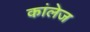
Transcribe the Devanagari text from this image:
कांलेज